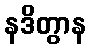
နဒိတွာန